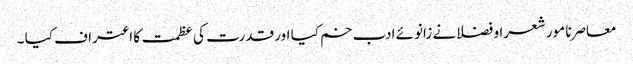
معاصرنا مور شعرا و فضلانے زانوئے ادب خم کیا اور قدرت کی عظمت کا اعتراف کیا ۔